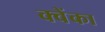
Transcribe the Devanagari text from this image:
क्वेंका